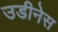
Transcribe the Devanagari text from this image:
उडीनेस